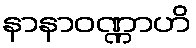
နာနာဝဏ္ဏာဟိ